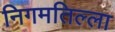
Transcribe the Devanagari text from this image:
निगमतिल्ला